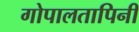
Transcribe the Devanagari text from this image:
गोपालतापिनी